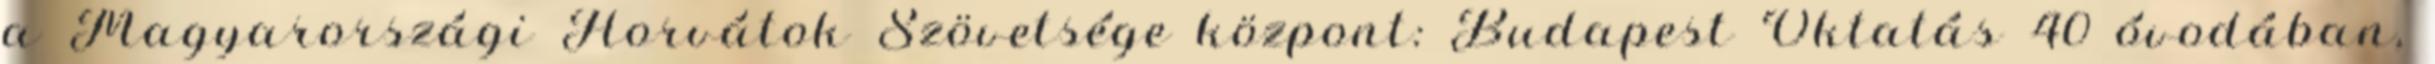
a Magyarországi Horvátok Szövetsége központ: Budapest Oktatás 40 óvodában,